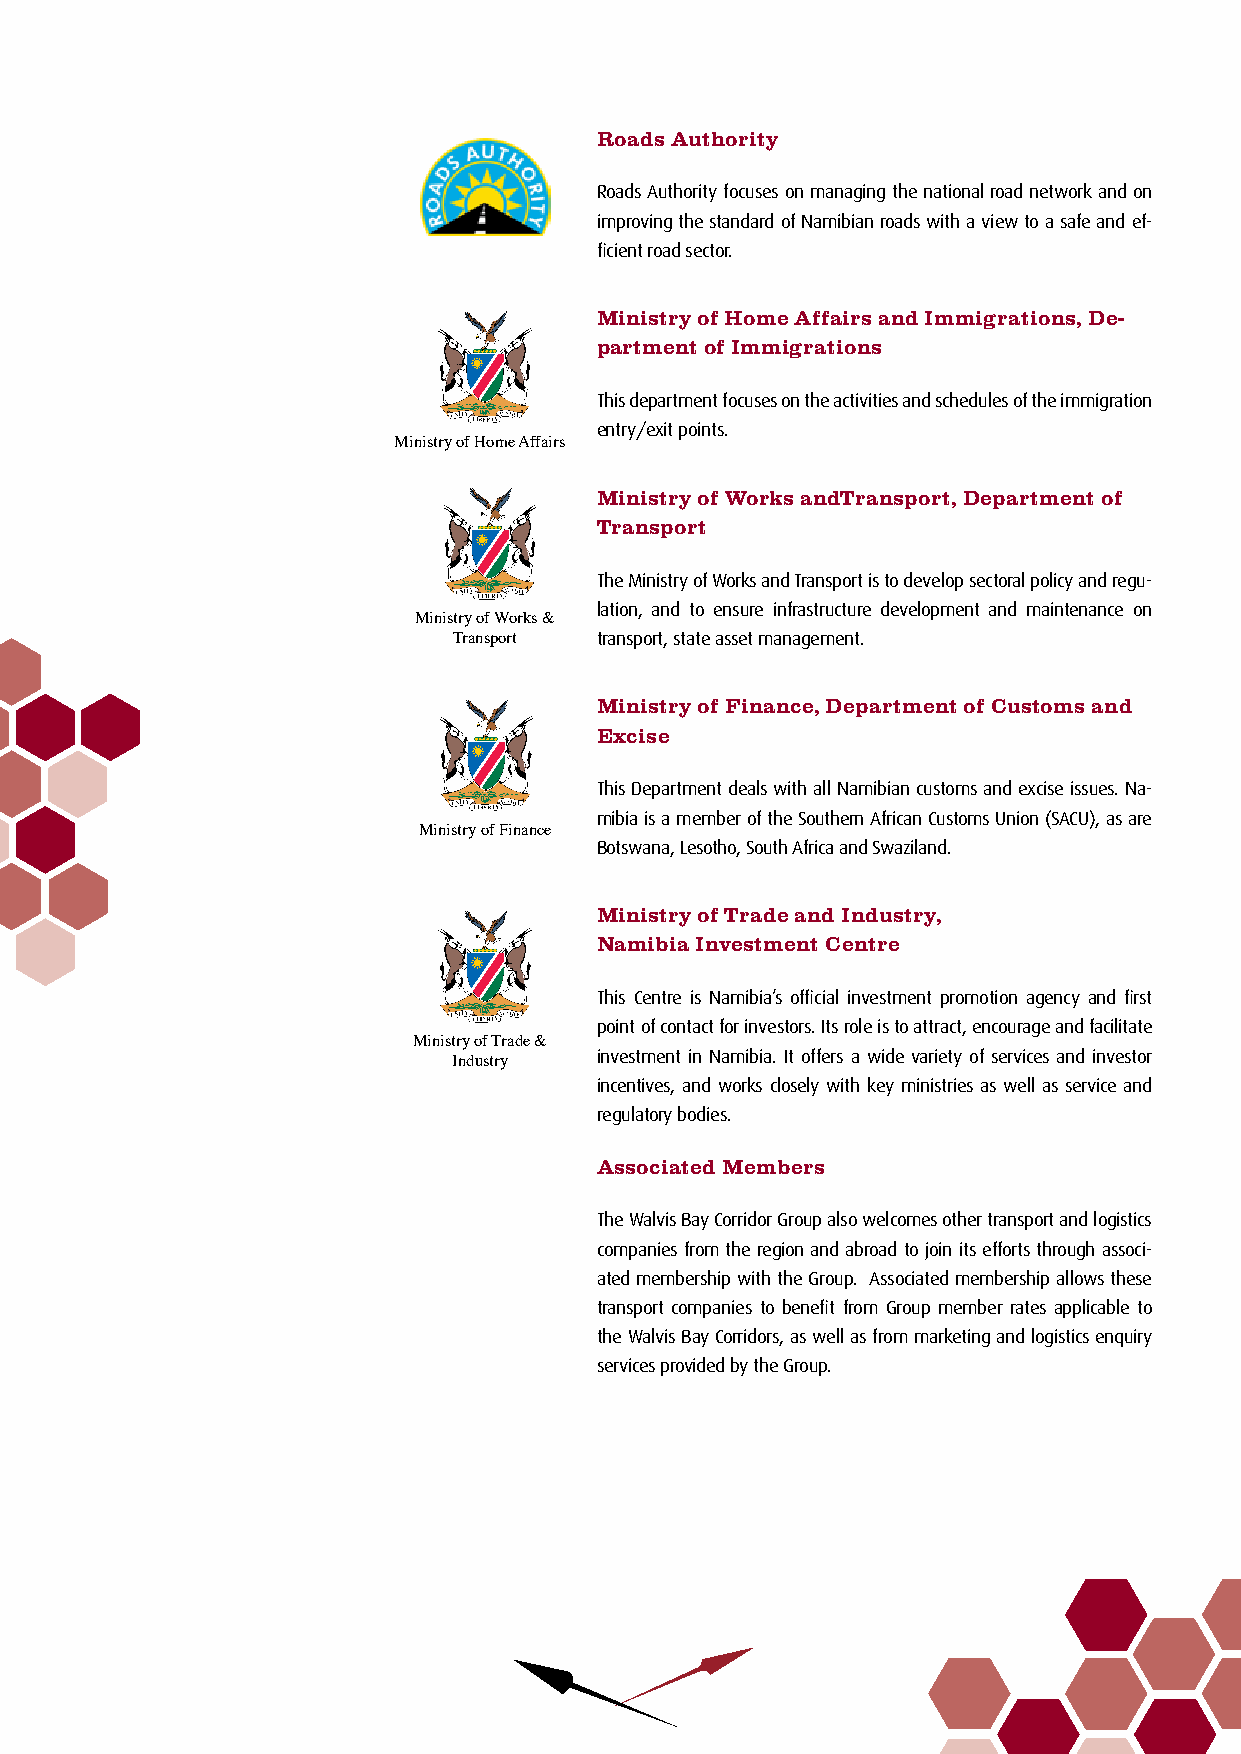
Roads Authority
 Roads Authority focuses on managing the national road network and on
 improving the standard of Namibian roads with a view to a safe and ef-
 ficient road sector.
 Ministry of Home Affairs and Immigrations, De-
 partment of Immigrations
 This department focuses on the activities and schedules of the immigration
 entry/exit points.
 Ministry of Home Affairs
 Ministry of Works andTransport, Department of
 Transport
 The Ministry of Works and Transport is to develop sectoral policy and regu-
 lation, and to ensure infrastructure development and maintenance on
 Ministry of Works &
 Transport transport, state asset management.
 Ministry of Finance, Department of Customs and
 Excise
 This Department deals with all Namibian customs and excise issues. Na-
 mibia is a member of the Southern African Customs Union (SACU), as are
 Ministry of Finance
 Botswana, Lesotho, South Africa and Swaziland.
 Ministry of Trade and Industry,
 Namibia Investment Centre
 This Centre is Namibia’s official investment promotion agency and first
 point of contact for investors. Its role is to attract, encourage and facilitate
 Ministry of Trade &
 investment in Namibia. It offers a wide variety of services and investor
 Industry
 incentives, and works closely with key ministries as well as service and
 regulatory bodies.
 Associated Members
 The Walvis Bay Corridor Group also welcomes other transport and logistics
 companies from the region and abroad to join its efforts through associ-
 ated membership with the Group. Associated membership allows these
 transport companies to benefit from Group member rates applicable to
 the Walvis Bay Corridors, as well as from marketing and logistics enquiry
 services provided by the Group.